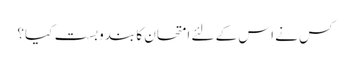
کس نے اس کے لئے امتحان کا بندوبست کیا؟